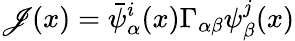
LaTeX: \mathscr{J}(x)=\bar{{\psi}}_{\alpha}^{i}(x)\Gamma_{\alpha\beta}\psi_{\beta}^{j}(x)